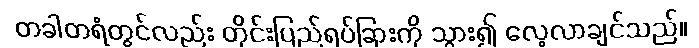
တခါတရံတွင်လည်း တိုင်းပြည်ရပ်ခြားကို သွား၍ လေ့လာချင်သည်။